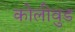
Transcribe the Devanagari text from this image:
कोलीवुड